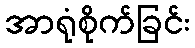
အာရုံစိုက်ခြင်း